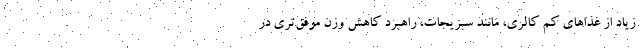
زیاد از غذاهای کم کالری، مانند سبزیجات، راهبرد کاهش وزن موفق‌تری در